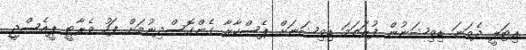
އިޓަލީ ދެވަނަ ޑިވިޝަނުން ފުރަތަމަ ޑިވިޝަނަށް ޕެސްކާރާ ގެންގޮސްދިނުމަށް ފަހު ވެރާޓީ ޕީއެސްޖީ